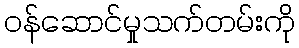
ဝန်ဆောင်မှုသက်တမ်းကို